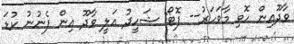
ވާދޫއިން ހޮވި މާވަހަރު-- ފޮޓޯ: ޝަހީދު އަލީ ވާދޫ އިން ފެނުނު ކުޑަ